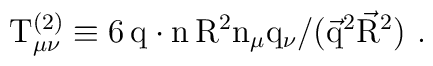
\rm T_{\mu\nu}^{(2)} \equiv       6\,q\cdot n\,R^2 n_\mu q_\nu / (\vec{q}^2 \vec{R}^2 )~.